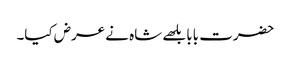
حضرت بابا بلھے شاہ نے عرض کیا۔